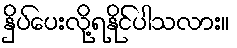
နှိပ်ပေးလို့ရနိုင်ပါသလား။